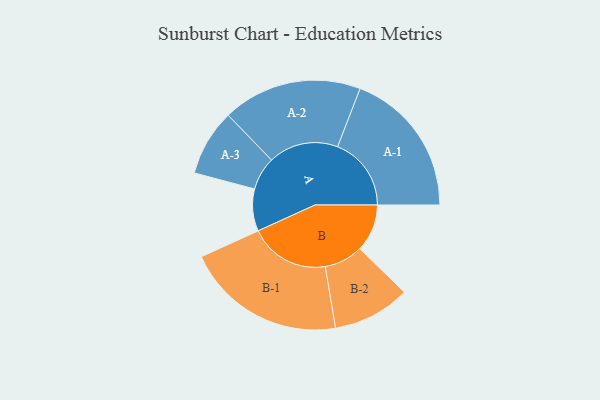
{"axis": {"x": "Segment", "y": "Value"}, "legend": ["", "A", "B"], "data": [{"x": "A", "y": 152, "type": ""}, {"x": "B", "y": 171, "type": ""}, {"x": "A-1", "y": 266, "type": "A"}, {"x": "A-2", "y": 252, "type": "A"}, {"x": "A-3", "y": 120, "type": "A"}, {"x": "B-1", "y": 290, "type": "B"}, {"x": "B-2", "y": 140, "type": "B"}]}